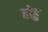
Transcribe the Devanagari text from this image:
होहु